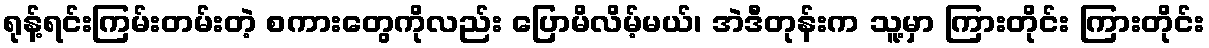
ရုန့်ရင်းကြမ်းတမ်းတဲ့ စကားတွေကိုလည်း ပြောမိလိမ့်မယ်၊ အဲဒီတုန်းက သူ့မှာ ကြားတိုင်း ကြားတိုင်း